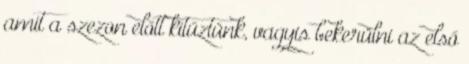
amit a szezon előtt kitűztünk, vagyis bekerülni az első